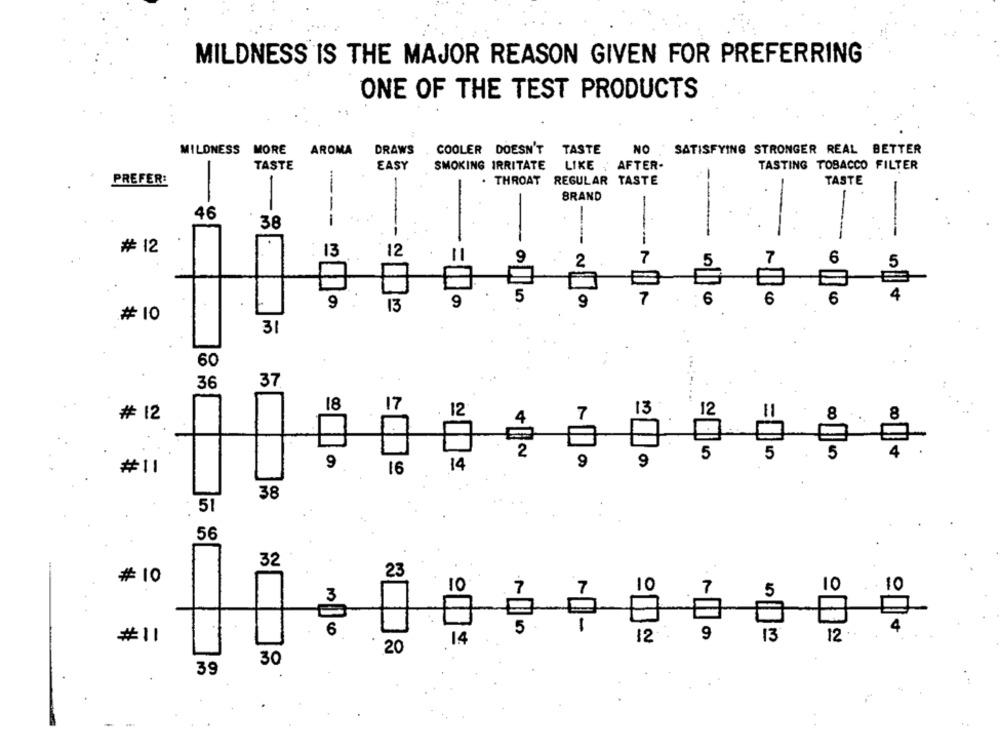
MILDNESS IS THE MAJOR REASON GIVEN FOR PREFERRING
ONE OF THE TEST PRODUCTS
MILONESS MORE
AROMA
DRAWS
COOLER DOESN'T
TASTE
NO
SATISFYING STRONGER REAL BETTER
TASTE
EASY
SMOKING IRRITATE LIKE , AFTER-
TASTING TOBACCO FILTER
-
PREFER:
. THROAT
REGULAR TASTE
TASTE
BRAND
-
46
-
38
----
---
----
-
----
----
# 12
13
12
9
2
7
A
6
5
5
7
6
9
13
9
# 10
31
60
37
36
18
17
12
13
12
# 12
4
7
8
8
2
5
5
5
9
9
9
#11
16
14
38
..
- 51
56
32
23
# 10
10
10
10
7
7
7
5
3
6
5
-
12 .
9
13
12 ..
#11
14
20
30
39
.